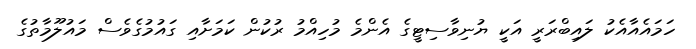
ހަމައެއާއެކު ލައިބްރަރީ އަކީ ޔުނިވާސިޓީގެ އެންމެ މުހިއްމު ރުކުން ކަމަށާއި ގައުމުގެވެސް މައުލޫމާތުގެ